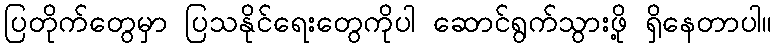
ပြတိုက်တွေမှာ ပြသနိုင်ရေးတွေကိုပါ ဆောင်ရွက်သွားဖို့ ရှိနေတာပါ။